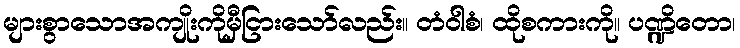
များစွာသောအကျိုးကိုမှီငြားသော်လည်း။ တံဝါစံ၊ ထိုစကားကို။ ပဏ္ဍိတော၊